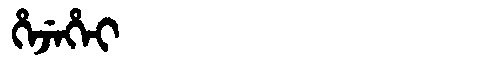
Manchu: ᡥᡝᠵᡝᡥᡝᡳ
Romanization: HEJEHEI